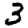
Digit: 3